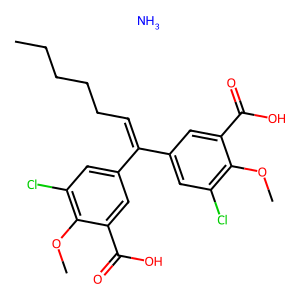
SMILES: CCCCCC=C(c1cc(Cl)c(OC)c(C(=O)O)c1)c1cc(Cl)c(OC)c(C(=O)O)c1.N
Inhibits HIV replication: Yes